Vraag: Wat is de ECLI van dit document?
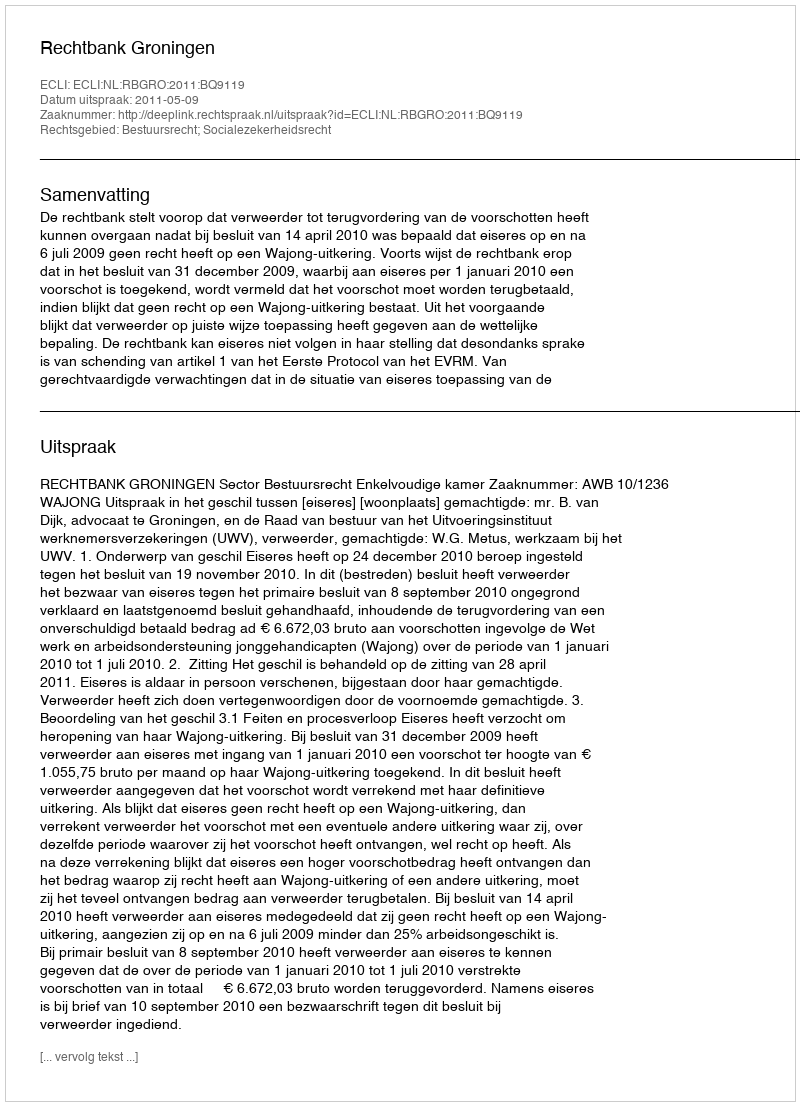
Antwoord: ECLI:NL:RBGRO:2011:BQ9119